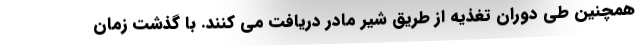
همچنین طی دوران تغذیه از طریق شیر مادر دریافت می کنند. با گذشت زمان